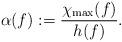
LaTeX: \begin{align*}\alpha(f):=\frac{\chi_{\max}(f)}{h(f)}.\end{align*}